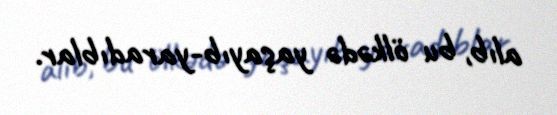
alıb, bu ölkədə yaşayıb-yaradıblar.